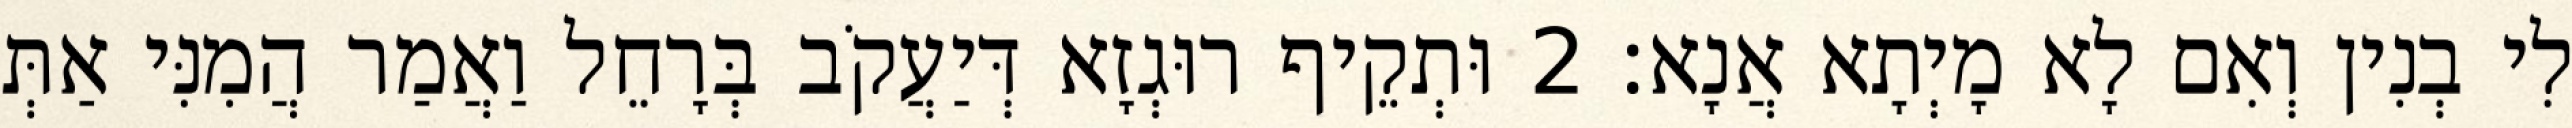
לִי בְנִין וְאִם לָא מָיְתָא אֲנָא׃ 2 וּתְקֵיף רוּגְזָא דְּיַעֲקֹב בְּרָחֵל וַאֲמַר הֲמִנִּי אַתְּ